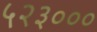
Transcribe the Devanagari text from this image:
५२३०००